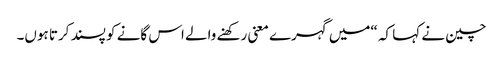
چین نے کہا کہ “میں گہرے معنی رکھنے والے اس گانے کو پسند کرتا ہوں۔